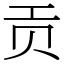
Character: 贡